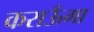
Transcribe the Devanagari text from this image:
कराऊँगा